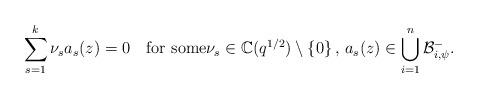
LaTeX: \begin{align*}\sum_{s=1}^{k}\nu_s a_s(z)=0\quad\text{for some}\nu_s\in\mathbb{C}(q^{1/2})\setminus \left\{0\right\},\, a_s(z)\in\bigcup_{i=1}^{n}\mathcal{B}_{i,\psi}^{-}.\end{align*}